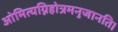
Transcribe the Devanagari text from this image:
ओमित्यग्निहोत्रमनुजानति।